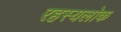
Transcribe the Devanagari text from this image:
रहस्यलोक